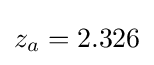
z_{a}=2.326